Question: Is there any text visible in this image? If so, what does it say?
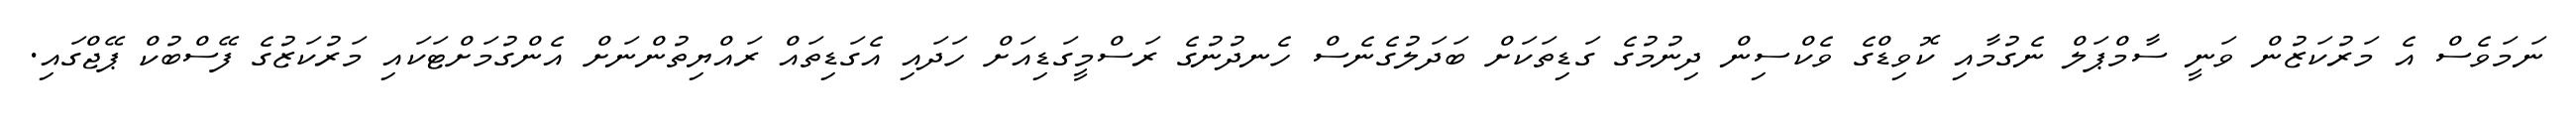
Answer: ނަމަވެސް އެ މަރުކަޒުން ވަނީ ސާމްޕަލް ނެގުމާއި ކޮވިޑްގެ ވެކްސިން ދިނުމުގެ ގަޑިތަކަށް ބަދަލުގެނެސް ހެނދުނުގެ ރަސްމީގަޑިއަށް ހަދައި އެގަޑިތައް ރައްޔިތުންނަށް އެންގުމަށްޓަކައި މަރުކަޒުގެ ފޭސްބުކް ޕޭޖްގައި.